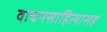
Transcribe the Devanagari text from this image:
वाचनसाहित्यासह